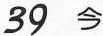
39 今